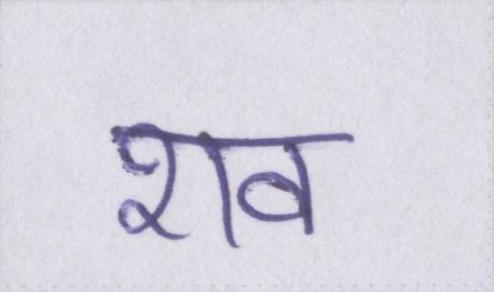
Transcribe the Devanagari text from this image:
शव